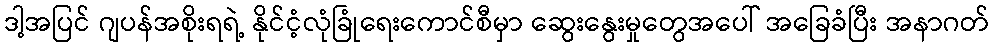
ဒါ့အပြင် ဂျပန်အစိုးရရဲ့ နိုင်ငံ့လုံခြုံရေးကောင်စီမှာ ဆွေးနွေးမှုတွေအပေါ် အခြေခံပြီး အနာဂတ်